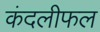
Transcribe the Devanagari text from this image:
कंदलीफल